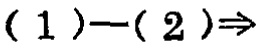
$(1)-(2)\Rightarrow$